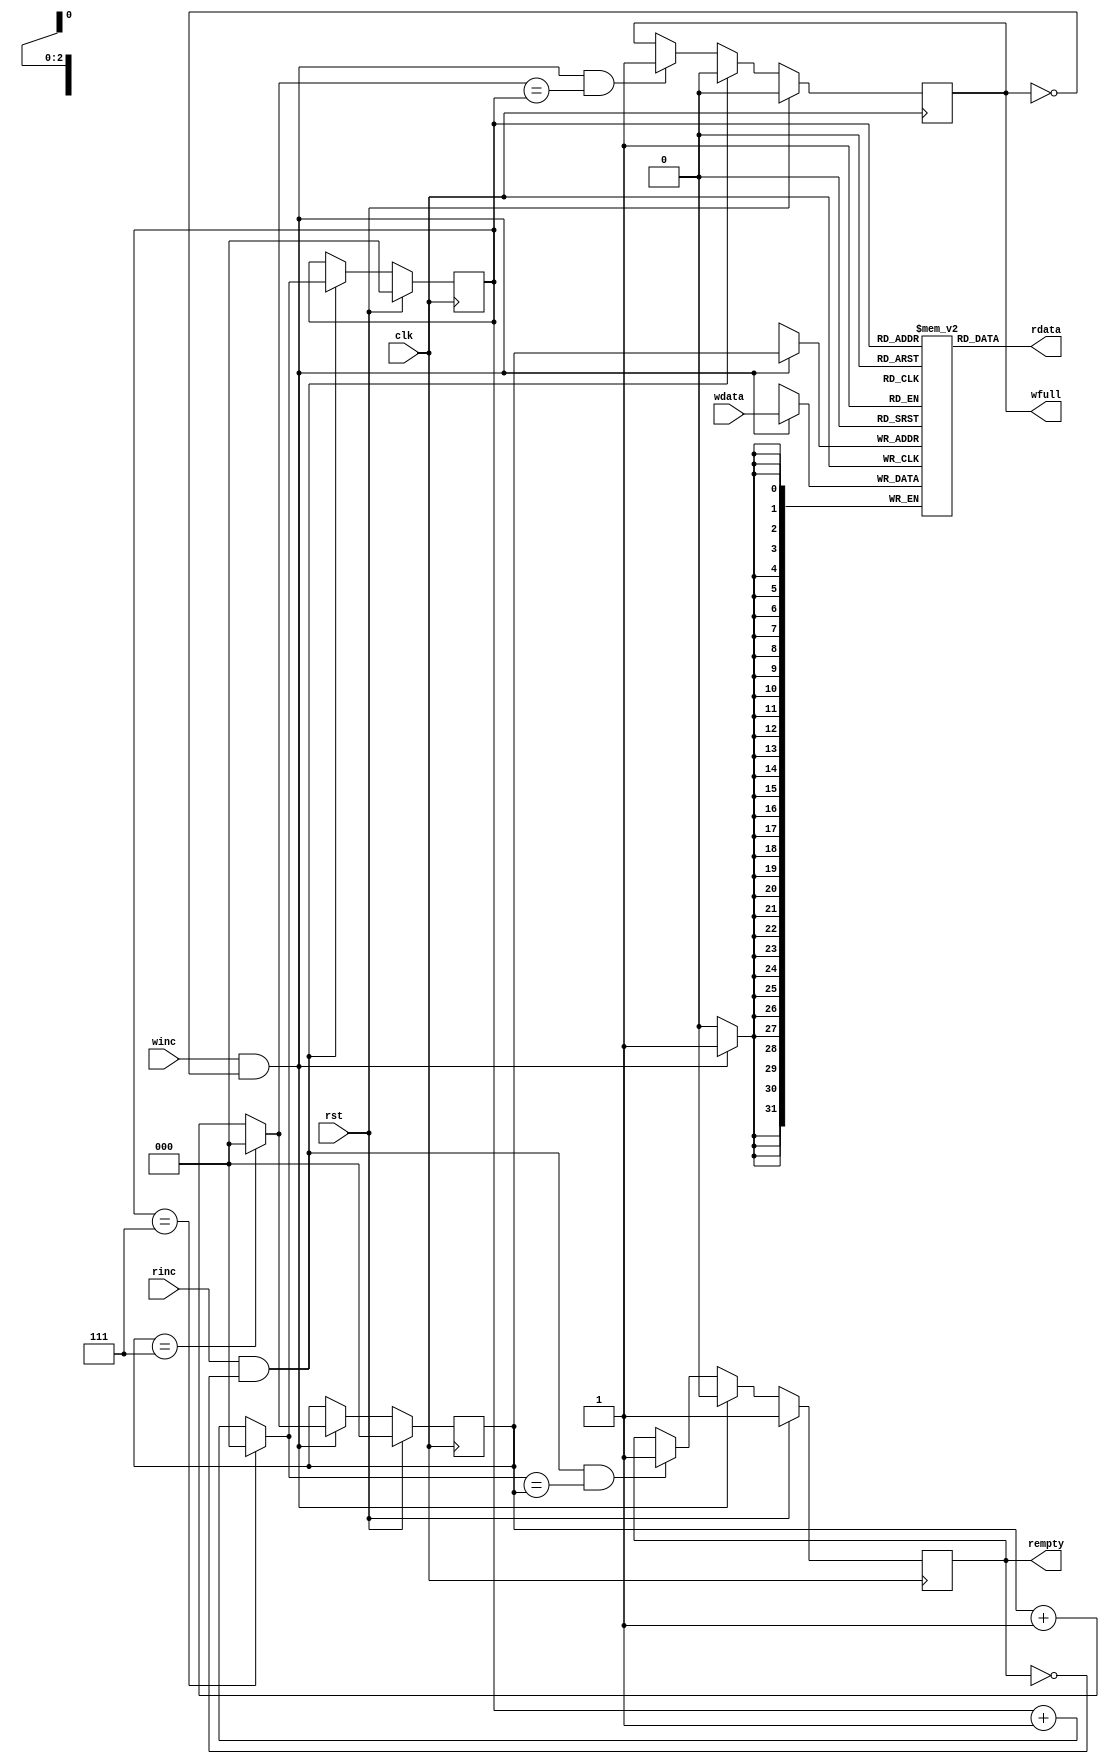
`timescale 1ns / 1ps

module axi_id_killer_fifo #(
    parameter WIDTH     = 32,
    parameter DEPTH     = 8
)(

    input  wire                 clk,
    input  wire                 rst,

    input  wire                 winc,
    output reg                  wfull = 1'b0,
    input  wire [WIDTH-1:0]     wdata,

    input  wire                 rinc,
    output reg                  rempty = 1'b1,
    output wire [WIDTH-1:0]     rdata

);

    localparam CNTW = DEPTH > 1 ? $clog2(DEPTH) : 1;

    initial begin
        if (WIDTH <= 0) begin
            $display("%m: WIDTH must be a positive number");
            $finish;
        end
        if (DEPTH <= 0) begin
            $display("%m: DEPTH must be a positive number");
            $finish;
        end
    end

    localparam [CNTW-1:0]
        PTR_MAX = DEPTH - 1,
        PTR_ZRO = 0,
        PTR_INC = 1;

    reg [WIDTH-1:0] data [DEPTH-1:0];
    reg [CNTW-1:0] rp = PTR_ZRO, wp = PTR_ZRO;

    wire wfire = winc && !wfull;
    wire rfire = rinc && !rempty;

    wire [CNTW-1:0] rp_inc = rp == PTR_MAX ? PTR_ZRO : rp + PTR_INC;
    wire [CNTW-1:0] wp_inc = wp == PTR_MAX ? PTR_ZRO : wp + PTR_INC;

    always @(posedge clk)
        if (rst)
            wp <= PTR_ZRO;
        else if (wfire)
            wp <= wp_inc;

    always @(posedge clk)
        if (rst)
            rp <= PTR_ZRO;
        else if (rfire)
            rp <= rp_inc;

    always @(posedge clk)
        if (rst)
            wfull <= 1'b0;
        else if (rfire)
            wfull <= 1'b0;
        else if (wfire && wp_inc == rp)
            wfull <= 1'b1;

    always @(posedge clk)
        if (rst)
            rempty <= 1'b1;
        else if (wfire)
            rempty <= 1'b0;
        else if (rfire && rp_inc == wp)
            rempty <= 1'b1;

    always @(posedge clk)
        if (wfire) data[wp] <= wdata;

    assign rdata = data[rp];

endmodule